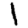
Digit: 1